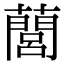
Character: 䕡